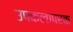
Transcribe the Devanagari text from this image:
उपकलापरक